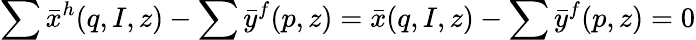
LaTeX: \sum{\bar{x}}^{h}(q,I,z)-\sum{\bar{y}}^{f}(p,z)={\bar{x}}(q,I,z)-\sum{\bar{y}}^{f}(p,z)=0